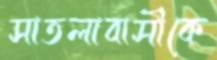
সাতলাবাসীকে